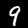
Digit: 9